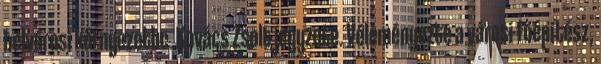
belvárosi környezetbe. Kovács Zsolt jegyzete. Véleményezte a városi főépítész,